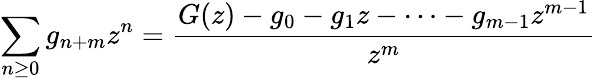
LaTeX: \sum_{n\geq 0}g_{n+m}z^{n}={\frac{G(z)-g_{0}-g_{1}z-\cdots-g_{m-1}z^{m-1}}{z^{m}}}